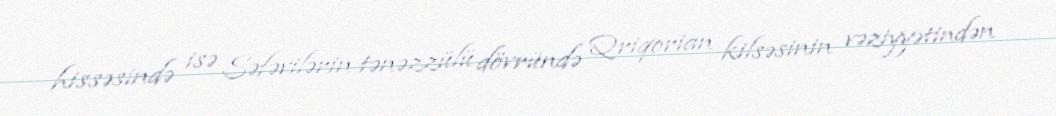
hissəsində isə Səfəvilərin tənəzzülü dövründə Qriqorian kilsəsinin vəziyyətindən